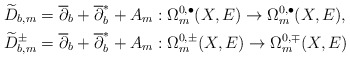
\begin{align*} &\widetilde D_{b,m}=\overline\partial_b+\overline{\partial}^*_b+A_m:\Omega^{0,\bullet}_m(X,E)\rightarrow\Omega^{0,\bullet}_m(X,E), \\&\widetilde D^{\pm}_{b,m}=\overline\partial_b+\overline{\partial}^*_b+A_m:\Omega^{0,\pm}_m(X,E)\rightarrow\Omega^{0,\mp}_m(X,E)\end{align*}